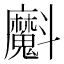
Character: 𭤞